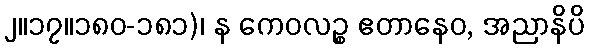
၂။၁၇။၁၈၀-၁၈၁)၊ န ကေဝလဉ္စ ဧတာနေဝ, အညာနိပိ